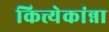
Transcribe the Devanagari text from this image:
कित्त्येकांन्ना